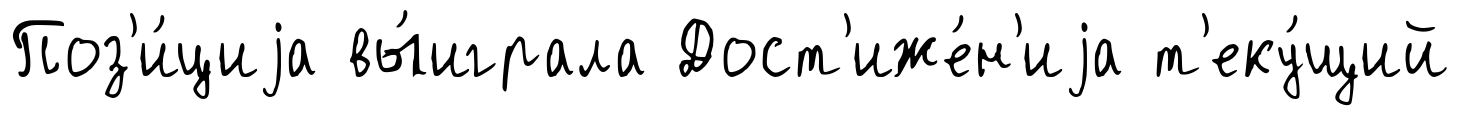
Поз'и́циjа вы́играла Дост'иже́н'иjа т'еку́щий